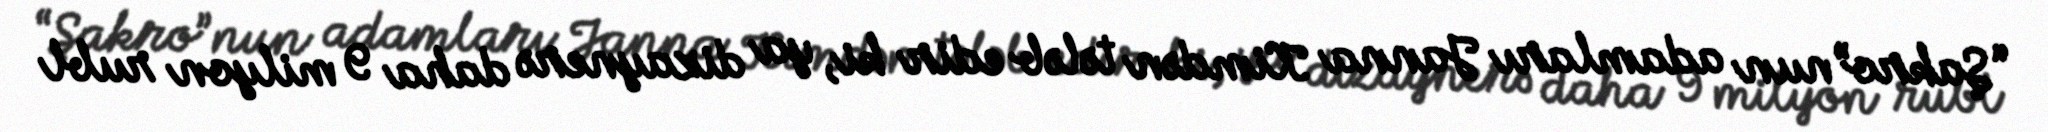
“Şakro”nun adamları Janna Kimdən tələb edir ki, ya dizaynerə daha 9 milyon rubl